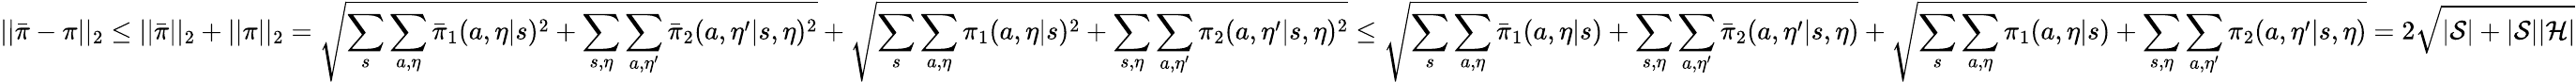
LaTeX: ||\bar{\pi}-\pi||_{2}\le||\bar{\pi}||_{2}+||\pi||_{2}=\sqrt{\sum_{s}\sum_{a,\eta}\bar{\pi}_{1}(a,\eta|s)^{2}+\sum_{s,\eta}\sum_{a,\eta^{\prime}}\bar{\pi}_{2}(a,\eta^{\prime}|s,\eta)^{2}}+\sqrt{\sum_{s}\sum_{a,\eta}{\pi}_{1}(a,\eta|s)^{2}+\sum_{s,\eta}\sum_{a,\eta^{\prime}}{\pi}_{2}(a,\eta^{\prime}|s,\eta)^{2}}\le\sqrt{\sum_{s}\sum_{a,\eta}\bar{\pi}_{1}(a,\eta|s)+\sum_{s,\eta}\sum_{a,\eta^{\prime}}\bar{\pi}_{2}(a,\eta^{\prime}|s,\eta)}+\sqrt{\sum_{s}\sum_{a,\eta}{\pi}_{1}(a,\eta|s)+\sum_{s,\eta}\sum_{a,\eta^{\prime}}{\pi}_{2}(a,\eta^{\prime}|s,\eta)}=2\sqrt{|\mathcal{S}|+|\mathcal{S}||\mathcal{H}|}